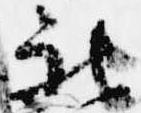
被